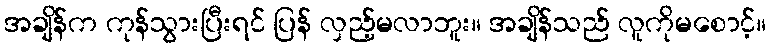
အချိန်က ကုန်သွားပြီးရင် ပြန် လှည့်မလာဘူး။ အချိန်သည် လူကိုမစောင့်။